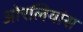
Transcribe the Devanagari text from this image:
ओरलियांस